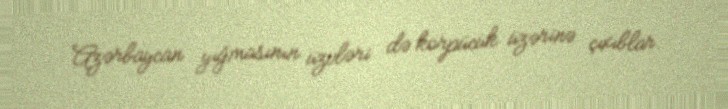
Azərbaycan yığmasının üzvləri də körpücük üzərinə çıxıblar.